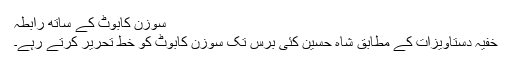
سوزن کابوٹ کے ساتھ رابطہ
خفیہ دستاویزات کے مطابق شاہ حسین کئی برس تک سوزن کابوٹ کو خط تحریر کرتے رہے۔